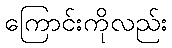
ကြောင်းကိုလည်း